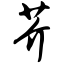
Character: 芥